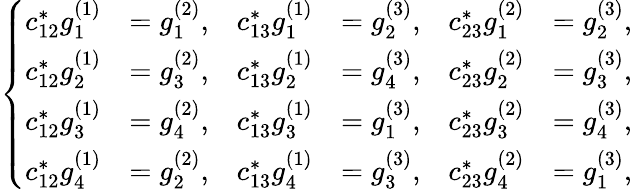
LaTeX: \left\{ \begin{array}{rlrlrl}{c_{12}^{\ast}g_{1}^{(1)}}&{=g_{1}^{(2)},}&{c_{13}^{\ast}g_{1}^{(1)}}&{=g_{2}^{(3)},}&{c_{23}^{\ast}g_{1}^{(2)}}&{=g_{2}^{(3)},}\\ {c_{12}^{\ast}g_{2}^{(1)}}&{=g_{3}^{(2)},}&{c_{13}^{\ast}g_{2}^{(1)}}&{=g_{4}^{(3)},}&{c_{23}^{\ast}g_{2}^{(2)}}&{=g_{3}^{(3)},}\\ {c_{12}^{\ast}g_{3}^{(1)}}&{=g_{4}^{(2)},}&{c_{13}^{\ast}g_{3}^{(1)}}&{=g_{1}^{(3)},}&{c_{23}^{\ast}g_{3}^{(2)}}&{=g_{4}^{(3)},}\\ {c_{12}^{\ast}g_{4}^{(1)}}&{=g_{2}^{(2)},}&{c_{13}^{\ast}g_{4}^{(1)}}&{=g_{3}^{(3)},}&{c_{23}^{\ast}g_{4}^{(2)}}&{=g_{1}^{(3)},}\end{array}\right.